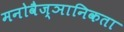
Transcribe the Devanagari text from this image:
मनोवैज्ञानिकता